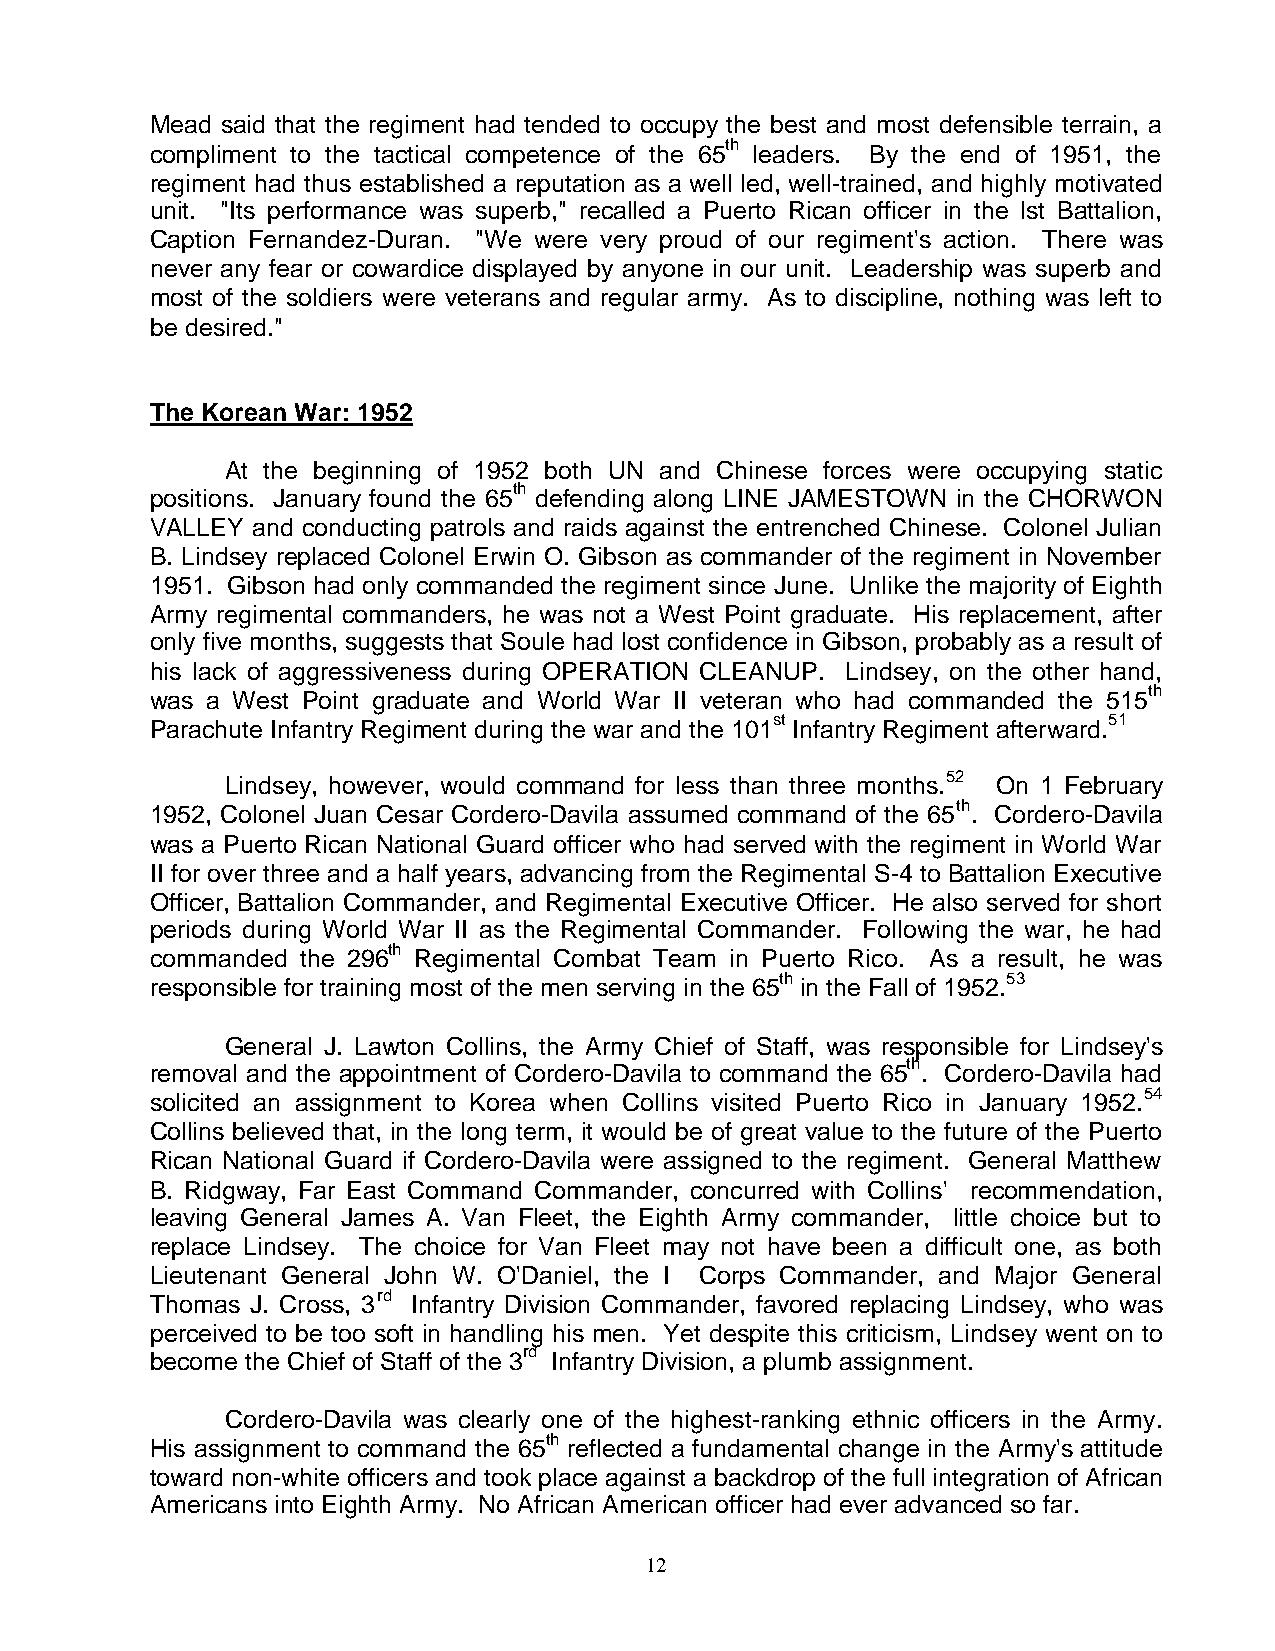
Mead said that the regiment had tended to occupy the best and most defensible terrain, a
 compliment to the tactical competence of the 65th leaders. By the end of 1951, the
 regiment had thus established a reputation as a well led, well-trained, and highly motivated
 unit. "Its performance was superb," recalled a Puerto Rican officer in the lst Battalion,
 Caption Fernandez-Duran. "We were very proud of our regiment's action. There was
 never any fear or cowardice displayed by anyone in our unit. Leadership was superb and
 most of the soldiers were veterans and regular army. As to discipline, nothing was left to
 be desired."
 The Korean War: 1952
 At the beginning of 1952 both UN and Chinese forces were occupying static
 positions. January found the 65th defending along LINE JAMESTOWN in the CHORWON
 VALLEY and conducting patrols and raids against the entrenched Chinese. Colonel Julian
 B. Lindsey replaced Colonel Erwin O. Gibson as commander of the regiment in November
 1951. Gibson had only commanded the regiment since June. Unlike the majority of Eighth
 Army regimental commanders, he was not a West Point graduate. His replacement, after
 only five months, suggests that Soule had lost confidence in Gibson, probably as a result of
 his lack of aggressiveness during OPERATION CLEANUP. Lindsey, on the other hand,
 was a West Point graduate and World War II veteran who had commanded the 515th
 Parachute Infantry Regiment during the war and the 101st Infantry Regiment afterward.51
 Lindsey, however, would command for less than three months.52 On 1 February
 1952, Colonel Juan Cesar Cordero-Davila assumed command of the 65th. Cordero-Davila
 was a Puerto Rican National Guard officer who had served with the regiment in World War
 II for over three and a half years, advancing from the Regimental S-4 to Battalion Executive
 Officer, Battalion Commander, and Regimental Executive Officer. He also served for short
 periods during World War II as the Regimental Commander. Following the war, he had
 commanded the 296th Regimental Combat Team in Puerto Rico. As a result, he was
 responsible for training most of the men serving in the 65th in the Fall of 1952.53
 General J. Lawton Collins, the Army Chief of Staff, was responsible for Lindsey's
 removal and the appointment of Cordero-Davila to command the 65th. Cordero-Davila had
 solicited an assignment to Korea when Collins visited Puerto Rico in January 1952.54
 Collins believed that, in the long term, it would be of great value to the future of the Puerto
 Rican National Guard if Cordero-Davila were assigned to the regiment. General Matthew
 B. Ridgway, Far East Command Commander, concurred with Collins' recommendation,
 leaving General James A. Van Fleet, the Eighth Army commander, little choice but to
 replace Lindsey. The choice for Van Fleet may not have been a difficult one, as both
 Lieutenant General John W. O'Daniel, the I Corps Commander, and Major General
 Thomas J. Cross, 3rd Infantry Division Commander, favored replacing Lindsey, who was
 perceived to be too soft in handling his men. Yet despite this criticism, Lindsey went on to
 become the Chief of Staff of the 3rd Infantry Division, a plumb assignment.
 Cordero-Davila was clearly one of the highest-ranking ethnic officers in the Army.
 His assignment to command the 65th reflected a fundamental change in the Army's attitude
 toward non-white officers and took place against a backdrop of the full integration of African
 Americans into Eighth Army. No African American officer had ever advanced so far.
 12